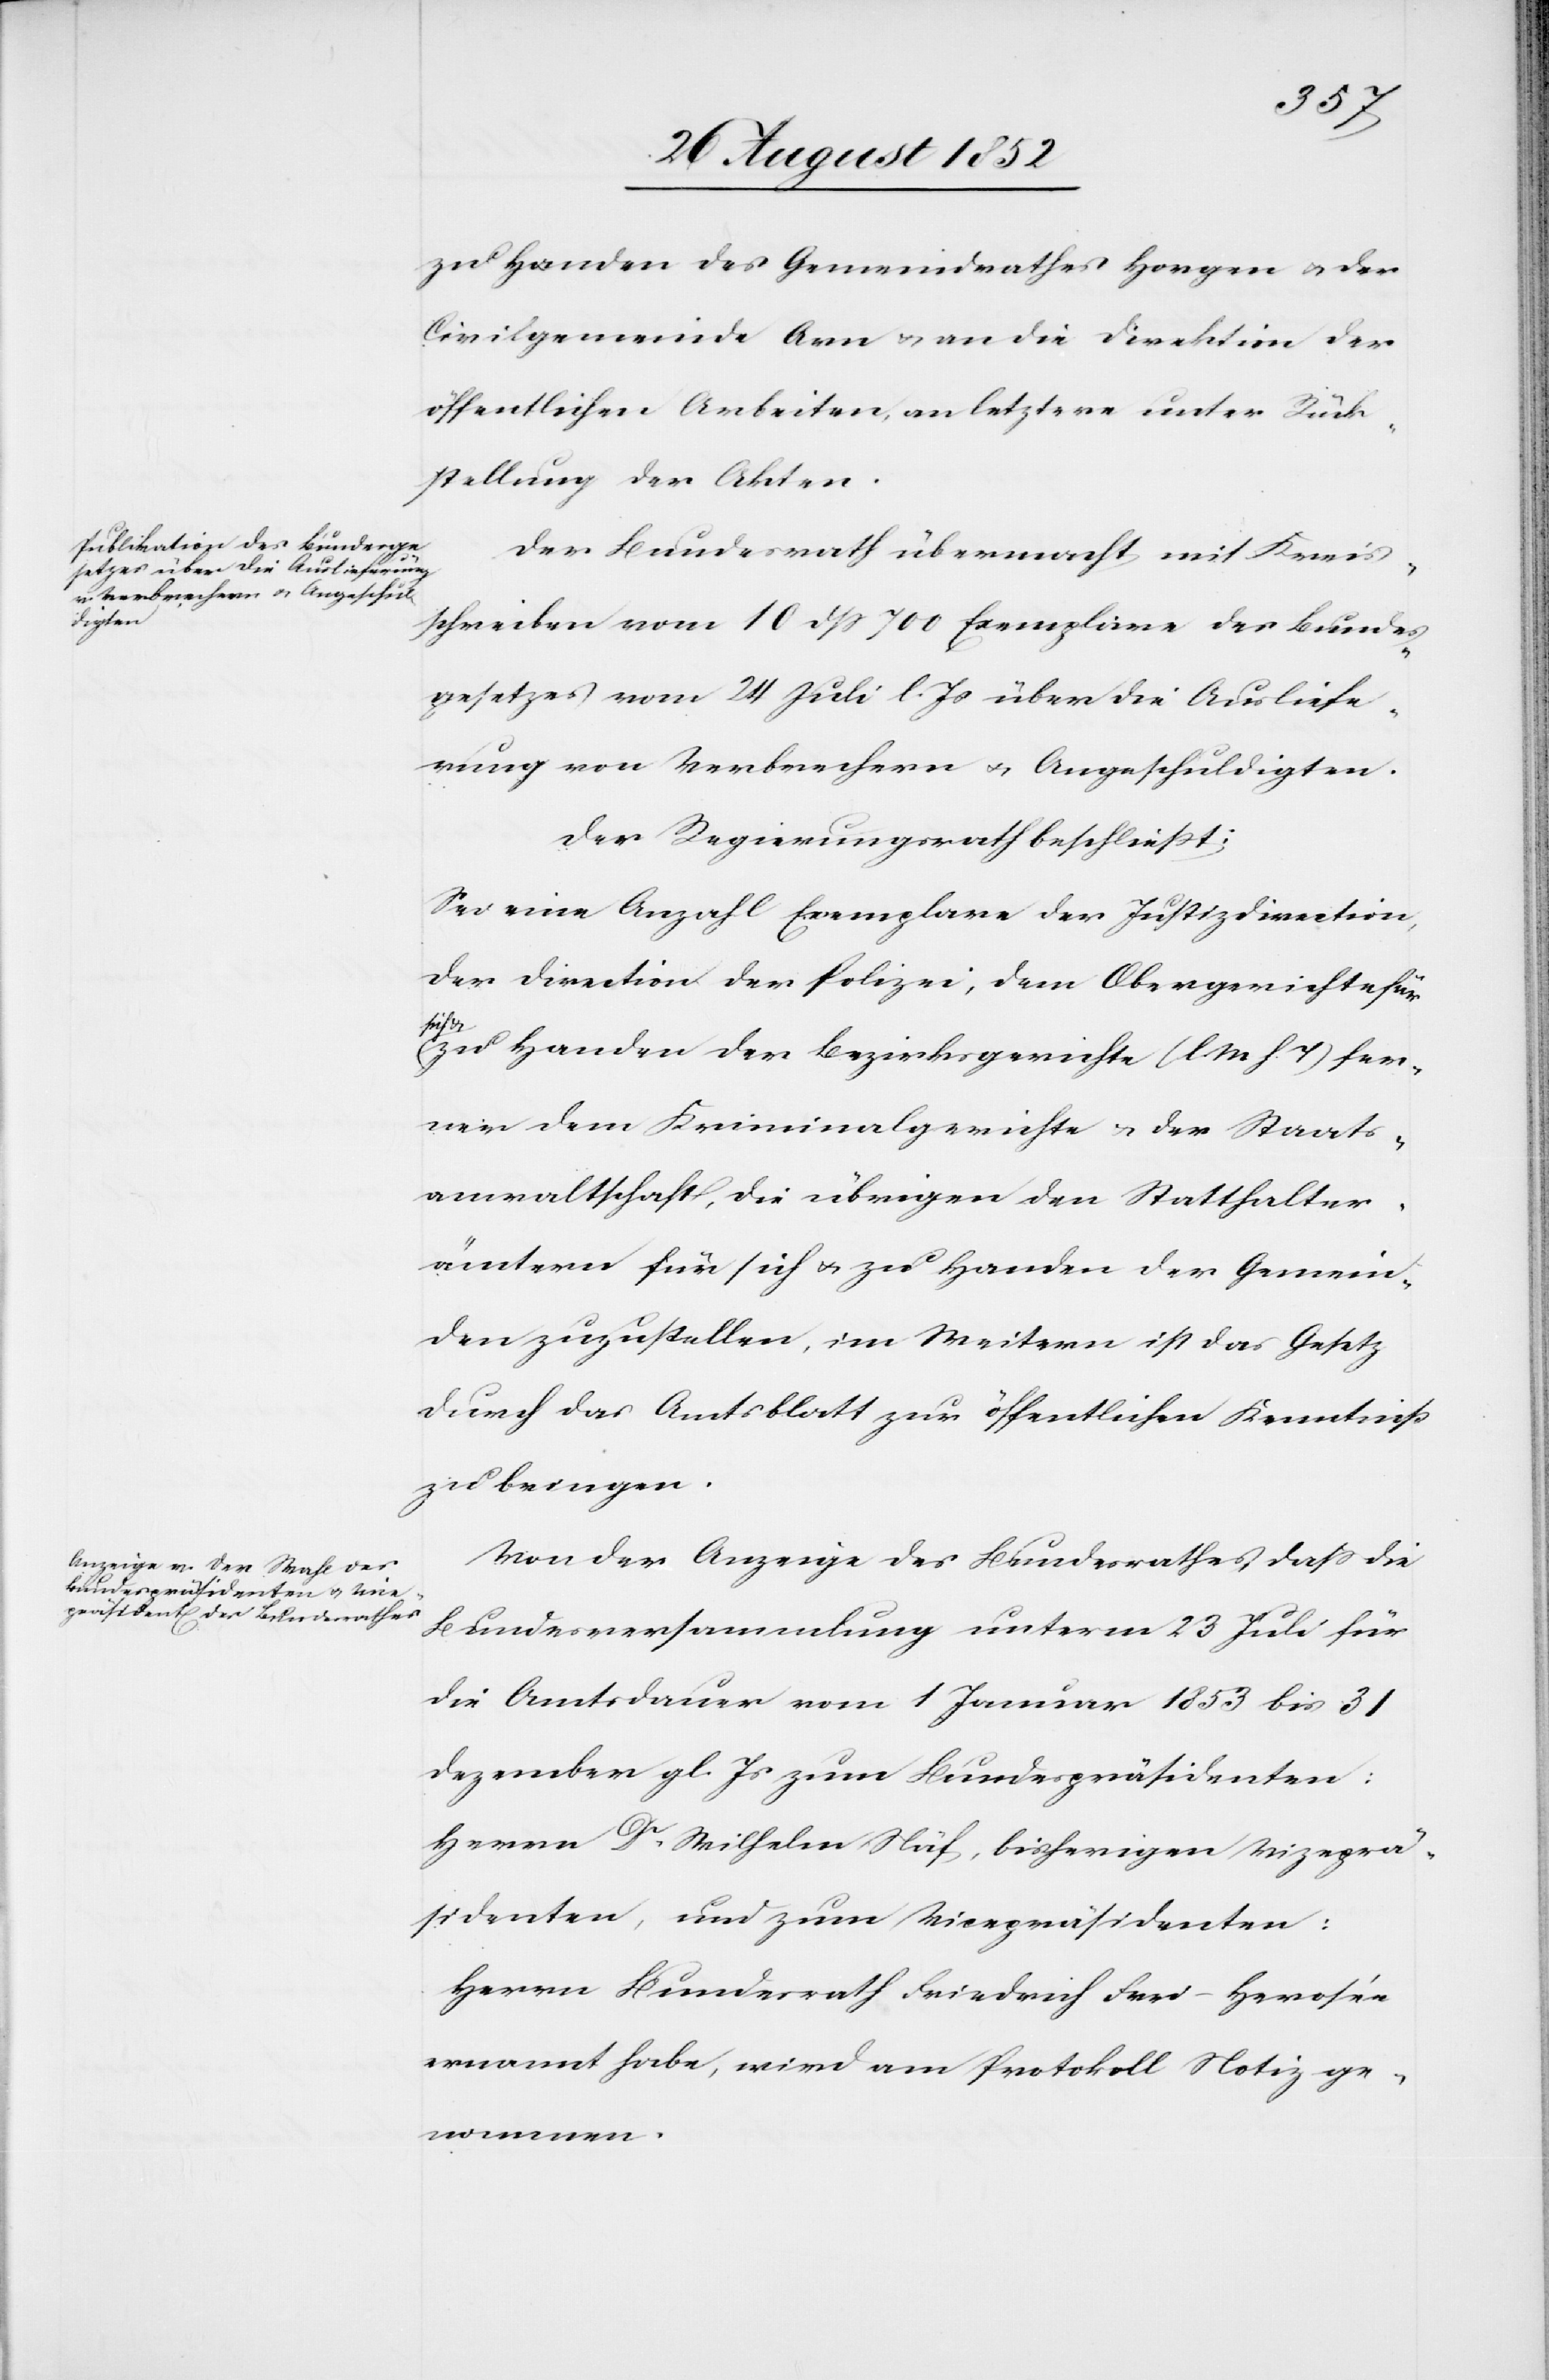
zu Handen des Gemeindrathes Horgen & der
Civilgemeinde Arn & an die Direktion der
öffentlichen Arbeiten, an letztere unter Rück¬
stellung der Akten.
Der Bundesrath übermacht mit Kreis¬
schreiben vom 10 dss 700 Exemplare des Bundes¬
gesetzes vom 24 Juli l. Js über die Ausliefe¬
rung von Verbrechern & Angeschuldigten.
Der Regierungsrath beschließt:
Sei eine Anzahl Exemplare der Justizdirection,
der Direction der Polizei, dem Obergerichte für
zu Handen der Bezirksgerichte (l. M h. T) fer¬
ner dem Kriminalgerichte & der Staats¬
anwaltschaft, die übrigen den Statthalter¬
ämtern für sich & zu Handen der Gemein¬
den zuzustellen, im Weitern ist das Gesetz
durch das Amtsblatt zur öffentlichen Kenntniß
zu bringen.
Von der Anzeige des Bundesrathes, dass die
Bundesversammlung unterm 23 Juli für
die Amtsdauer vom 1 Januar 1853 bis 31
Dezember gl. Js zum Bundespräsidenten:
Herrn Dr. Wilhelm Näf, bisherigen Vizeprä¬
sidenten, und zum Vicepräsidenten:
Herrn Bundesrath Friedrich Frei-Herosée
ernannt habe, wird am Protokoll Notiz ge¬
nommen.